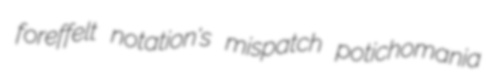
foreffelt notation's mispatch potichomania